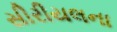
સીરીયલના